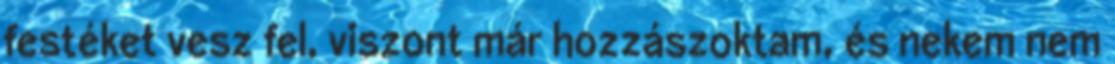
festéket vesz fel, viszont már hozzászoktam, és nekem nem